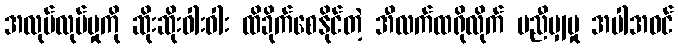
အလုပ်လုပ်မှုကို ဆိုးဆိုးဝါးဝါး ထိခိုက်စေနိုင်တဲ့ အီလက်ထရိုလိုက် မညီမျှမှု အပါအဝင်